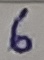
Text: 6